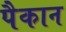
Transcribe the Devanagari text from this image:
पैकान